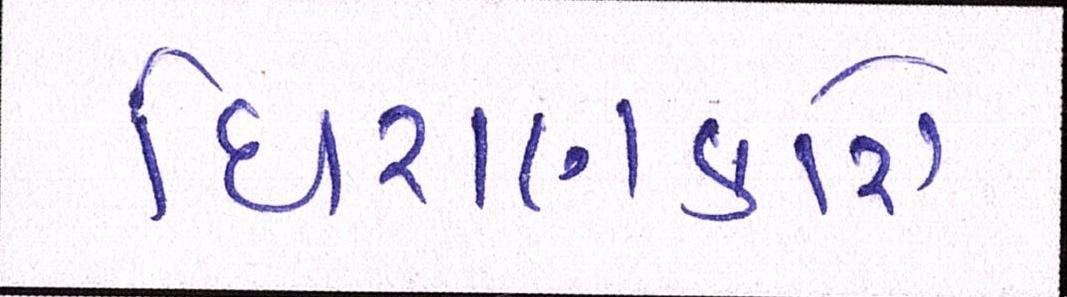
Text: ધિરાણકારો